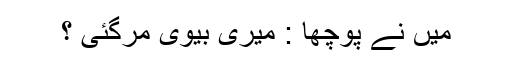
میں نے پوچھا : میری بیوی مرگئی ؟